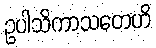
ဥပါသိကာသတေဟိ